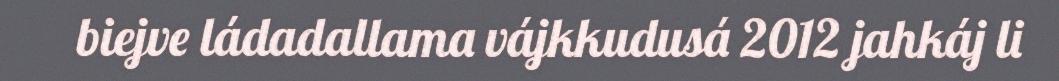
biejve ládadallama vájkkudusá 2012 jahkáj li